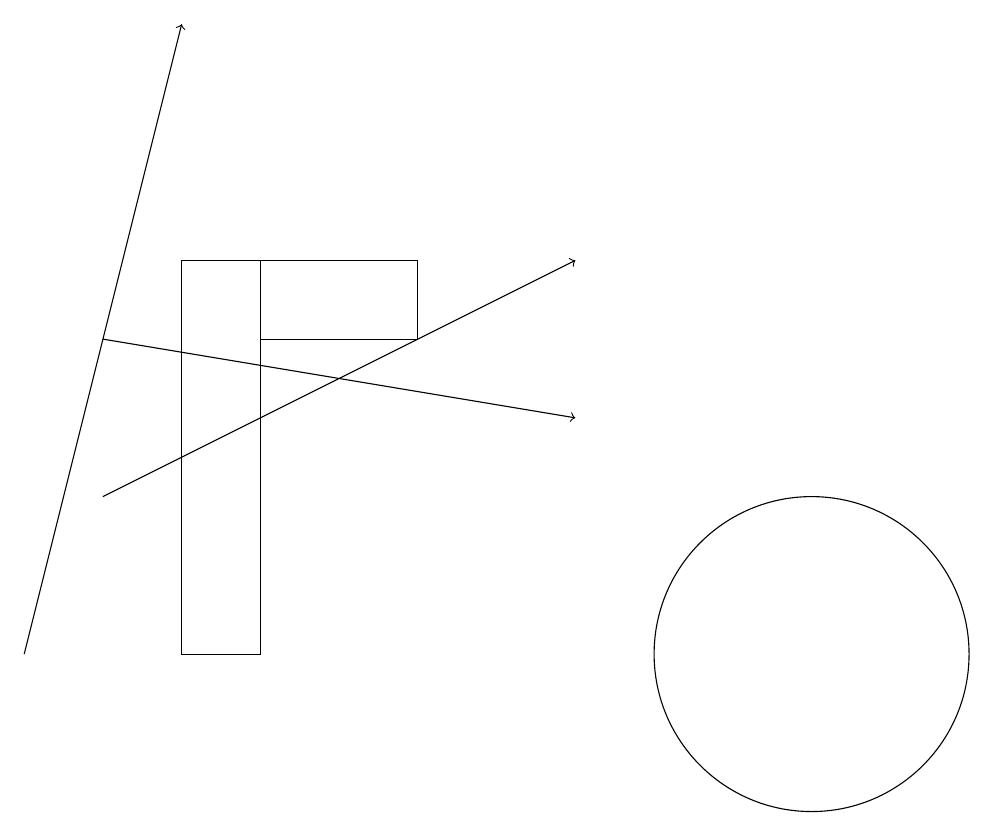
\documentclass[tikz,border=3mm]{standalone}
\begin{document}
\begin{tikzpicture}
\draw (11,10) circle (2);
\draw[->] (1,10) -- (3,18);
\draw (4,10) rectangle (3,15);
\draw[->] (2,14) -- (8,13);
\draw[->] (2,12) -- (8,15);
\draw (6,14) rectangle (4,15);
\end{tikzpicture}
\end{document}